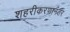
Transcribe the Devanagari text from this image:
शहरीकरणानंतर